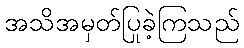
အသိအမှတ်ပြုခဲ့ကြသည်